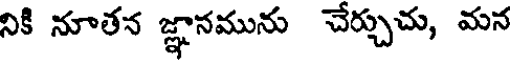
నికి నూతన జ్ఞానమును చేర్చుచు, మన